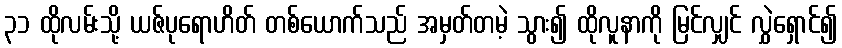
၃၁ ထိုလမ်းသို့ ယဇ်ပုရောဟိတ် တစ်ယောက်သည် အမှတ်တမဲ့ သွား၍ ထိုလူနာကို မြင်လျှင် လွှဲရှောင်၍